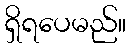
ရှိရပေမည်။